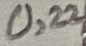
Text: 0,22